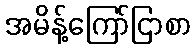
အမိန့်ကြော်ငြာစာ